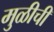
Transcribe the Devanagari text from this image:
मुळीची